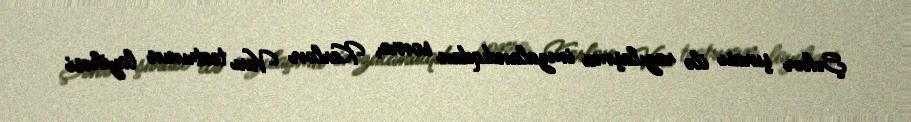
Şəhər şurası ilə razılaşma imzalandıqdan sonra, Karlovı Varı teatrının layihəsi